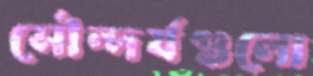
সৌন্দর্যগুলো